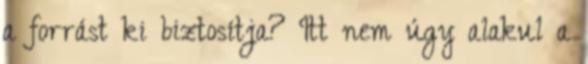
a forrást ki biztosítja? Itt nem úgy alakul a